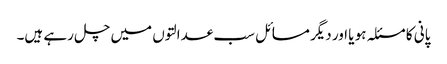
پانی کا مسئلہ ہو یا اور دیگر مسائل سب عدالتوں میں چل رہے ہیں۔